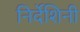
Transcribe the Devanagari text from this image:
निर्देशिनी